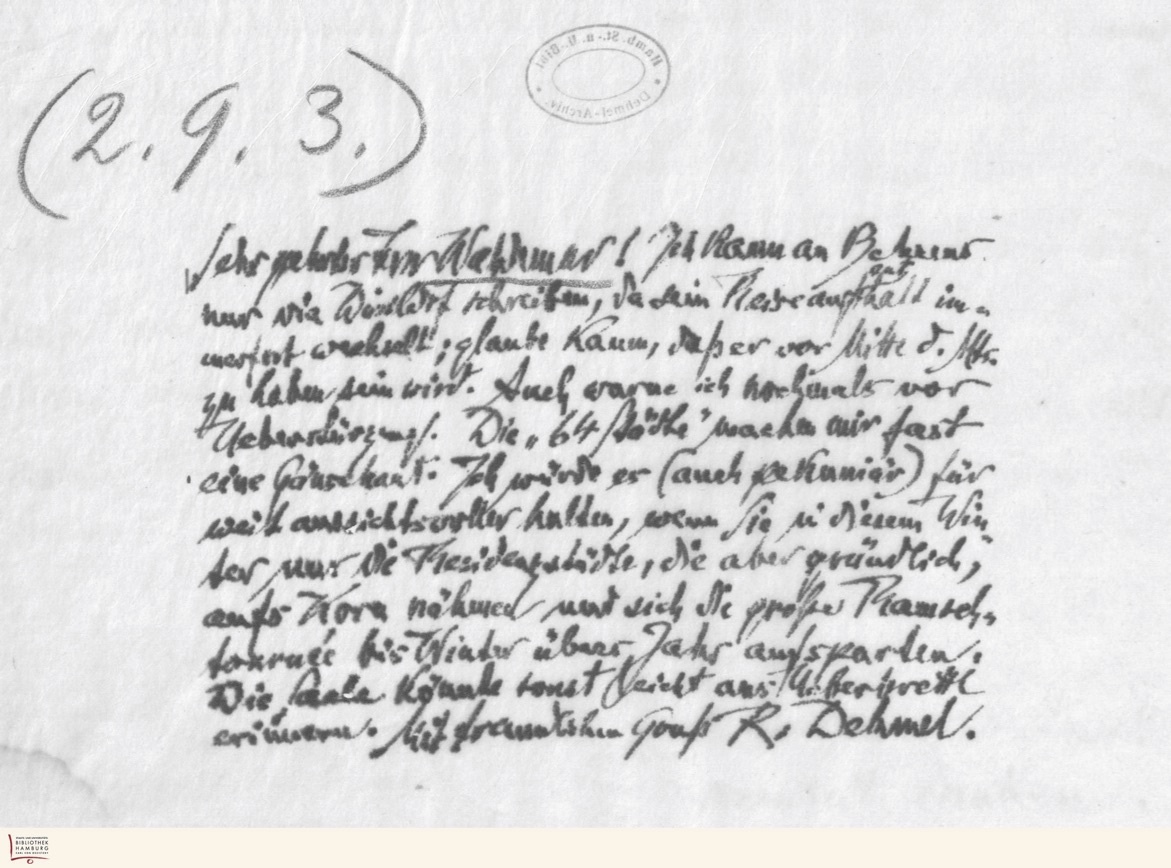
2.9.3.
Sehr geehrter Herr Waldemar! Ich kann an Behrens
nur via schreiben, da sein auffenthalt im-
merfort wechselt; glaube kaum, daß er vor Mitte d. Mts.
zu haben sein wird. Auch warne ich nochmals vor
Ueberstürzung. Die „64 Städte" machen mir fast
eine Gänsehaut. Ich würde es (auch pekuniär) für
weit aussichtsvoller halten, wenn Sie in diesem Win-
ter nur die Residenzstädte, die aber gründlich,
aufs Korn nähmen nur sich die großer Ramsch-
tournée bis Winter übers Jahr aufsparten.
Die Sache könnte sonst leicht ans Ueberbreite
erinnern. Mit freundlichem Gruß R. Dehmel.